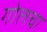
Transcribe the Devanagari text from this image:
गोलचा